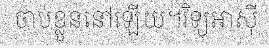
ចាប់ខ្លួននៅឡើយ។វិទ្យុអាស៊ី